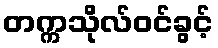
တက္ကသိုလ်ဝင်ခွင့်